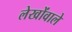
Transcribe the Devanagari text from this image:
लेखोंवाले